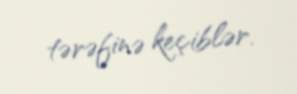
tərəfinə keçiblər.